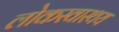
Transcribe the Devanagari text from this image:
लोकस्वास्थय